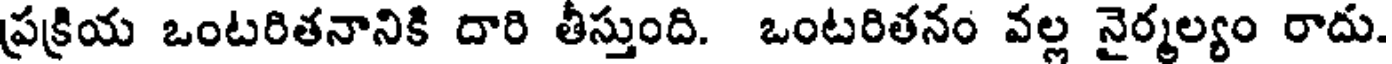
ప్రక్రియ ఒంటరితనానికి దారి తీస్తుంది. ఒంటరితనం వల్ల నైర్మల్యం రాదు.